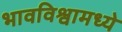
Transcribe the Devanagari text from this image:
भावविश्वामध्ये